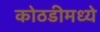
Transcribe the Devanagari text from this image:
कोठडीमध्ये